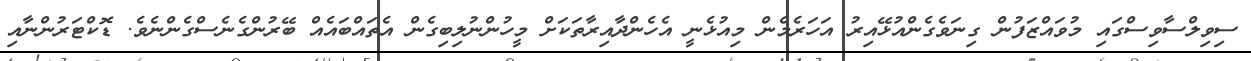
ސިވިލްސާވިސްގައި މުވައްޒަފުން ގިނަވެގެންއުޅޭއިރު އަހަރެމެން މިއުޅެނީ އެހެންދާއިރާތަކަށް މީހުންނުލިބިގެން އެތައްބައެއް ބޭރުންގެނެސްގެންނެވެ. ޑޮކްޓަރުންނާއި